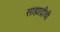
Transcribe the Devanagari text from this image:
साह्याद्रीची